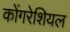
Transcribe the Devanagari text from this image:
कोंगरेशियल